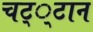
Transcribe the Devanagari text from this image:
चट््टान